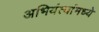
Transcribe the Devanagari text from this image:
अभियंत्यांमध्ये